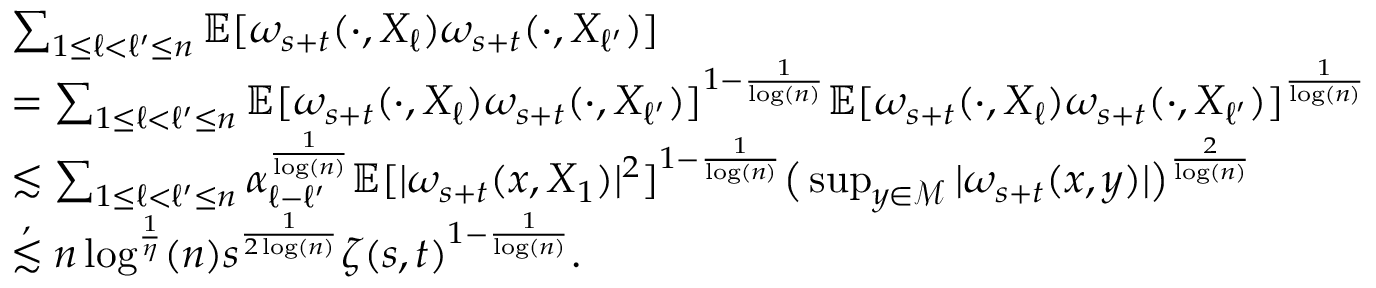
\begin{array} { r l } & { \sum _ { 1 \leq \ell < \ell ^ { \prime } \leq n } \mathbb { E } [ \omega _ { s + t } ( \cdot , X _ { \ell } ) \omega _ { s + t } ( \cdot , X _ { \ell ^ { \prime } } ) ] } \\ & { = \sum _ { 1 \leq \ell < \ell ^ { \prime } \leq n } \mathbb { E } [ \omega _ { s + t } ( \cdot , X _ { \ell } ) \omega _ { s + t } ( \cdot , X _ { \ell ^ { \prime } } ) ] ^ { 1 - \frac { 1 } { \log ( n ) } } \mathbb { E } [ \omega _ { s + t } ( \cdot , X _ { \ell } ) \omega _ { s + t } ( \cdot , X _ { \ell ^ { \prime } } ) ] ^ { \frac { 1 } { \log ( n ) } } } \\ & { \lesssim \sum _ { 1 \leq \ell < \ell ^ { \prime } \leq n } \alpha _ { \ell - \ell ^ { \prime } } ^ { \frac { 1 } { \log ( n ) } } \mathbb { E } [ \vert \omega _ { s + t } ( x , X _ { 1 } ) \vert ^ { 2 } ] ^ { 1 - \frac { 1 } { \log ( n ) } } \big ( \operatorname* { s u p } _ { y \in \mathcal { M } } \vert \omega _ { s + t } ( x , y ) \vert \big ) ^ { \frac { 2 } { \log ( n ) } } } \\ & { \stackrel { , } \lesssim n \log ^ { \frac { 1 } { \eta } } ( n ) s ^ { \frac { 1 } { 2 \log ( n ) } } \zeta ( s , t ) ^ { 1 - \frac { 1 } { \log ( n ) } } . } \end{array}